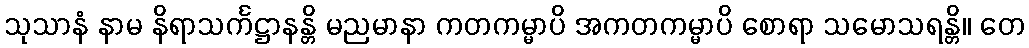
သုသာနံ နာမ နိရာသင်္ကဋ္ဌာနန္တိ မညမာနာ ကတကမ္မာပိ အကတကမ္မာပိ စောရာ သမောသရန္တိ။ တေ